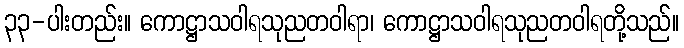
၃၃-ပါးတည်း။ ကောဋ္ဌာသဝါရသုညတဝါရာ၊ ကောဋ္ဌာသဝါရသုညတဝါရတို့သည်။